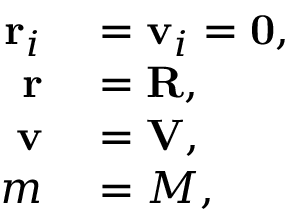
\begin{array} { r l } { \mathbf { r } _ { i } } & { { } = \mathbf { v } _ { i } = \mathbf { 0 } , } \\ { \mathbf { r } } & { { } = \mathbf { R } , } \\ { \mathbf { v } } & { { } = \mathbf { V } , } \\ { m } & { { } = M , } \end{array}